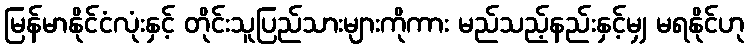
မြန်မာနိုင်ငံလုံးနှင့် တိုင်းသူပြည်သားများကိုကား မည်သည့်နည်းနှင့်မျှ မရနိုင်ဟု